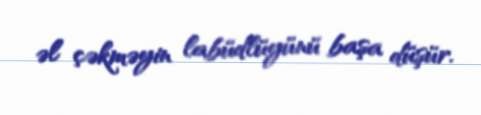
əl çəkməyin labüdlüyünü başa düşür.